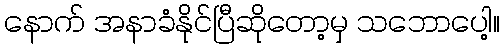
နောက် အနာခံနိုင်ပြီဆိုတော့မှ သဘောပေါ့။